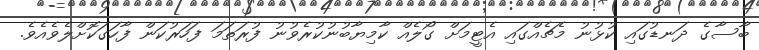
ބާސާގެ ދަނޑުގައި ކުޅުނު މެޗެއްގައި އެޓީމަށް ގޯލެއް ކާމިޔާބުނުކުރެވުނު ފުރަތަމަ ފަހަރުކަން ފާހަގަކޮށްލެވެއެވެ.